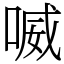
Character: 喴